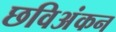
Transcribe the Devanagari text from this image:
छविअंकन